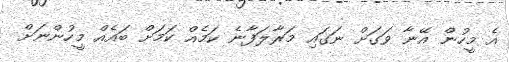
އެ މީހުން އޭނާ ވަގަށް ނަގައި މަރާލަފާނެ ކަމެއް ކަމަށް ބައެއް މީހުންނަށް